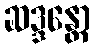
ဆဒ္ဒန္တော